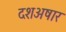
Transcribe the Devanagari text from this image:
दशअषार